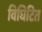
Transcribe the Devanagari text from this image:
विघिटित